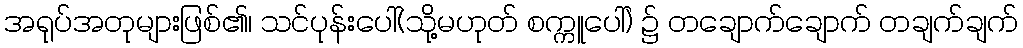
အရုပ်အတုများဖြစ်၏၊ သင်ပုန်းပေါ်(သို့မဟုတ် စက္ကူပေါ်) ၌ တချောက်ချောက် တချက်ချက်